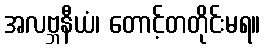
အလဗ္ဘနီယံ၊ တောင့်တတိုင်းမရ။